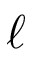
\ell